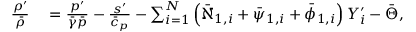
\begin{array} { r l } { \frac { \rho ^ { \prime } } { \bar { \rho } } } & { { } = \frac { p ^ { \prime } } { \bar { \gamma } \bar { p } } - \frac { s ^ { \prime } } { \bar { c } _ { p } } - \sum _ { i = 1 } ^ { N } \left( \bar { \aleph } _ { 1 , i } + \bar { \psi } _ { 1 , i } + \bar { \phi } _ { 1 , i } \right) Y _ { i } ^ { \prime } - \bar { \Theta } , } \end{array}